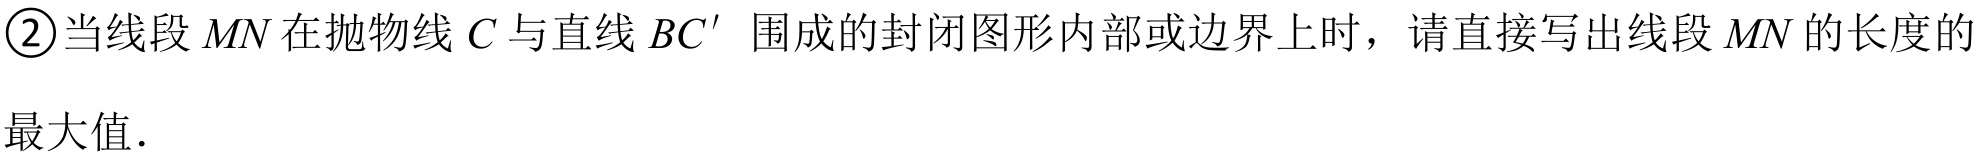
\textcircled{2}当线段\(MN\)在抛物线\(C\)与直线\(BC'\)围成的封闭图形内部或边界上时，请直接写出线段\(MN\)的长度的最大值.